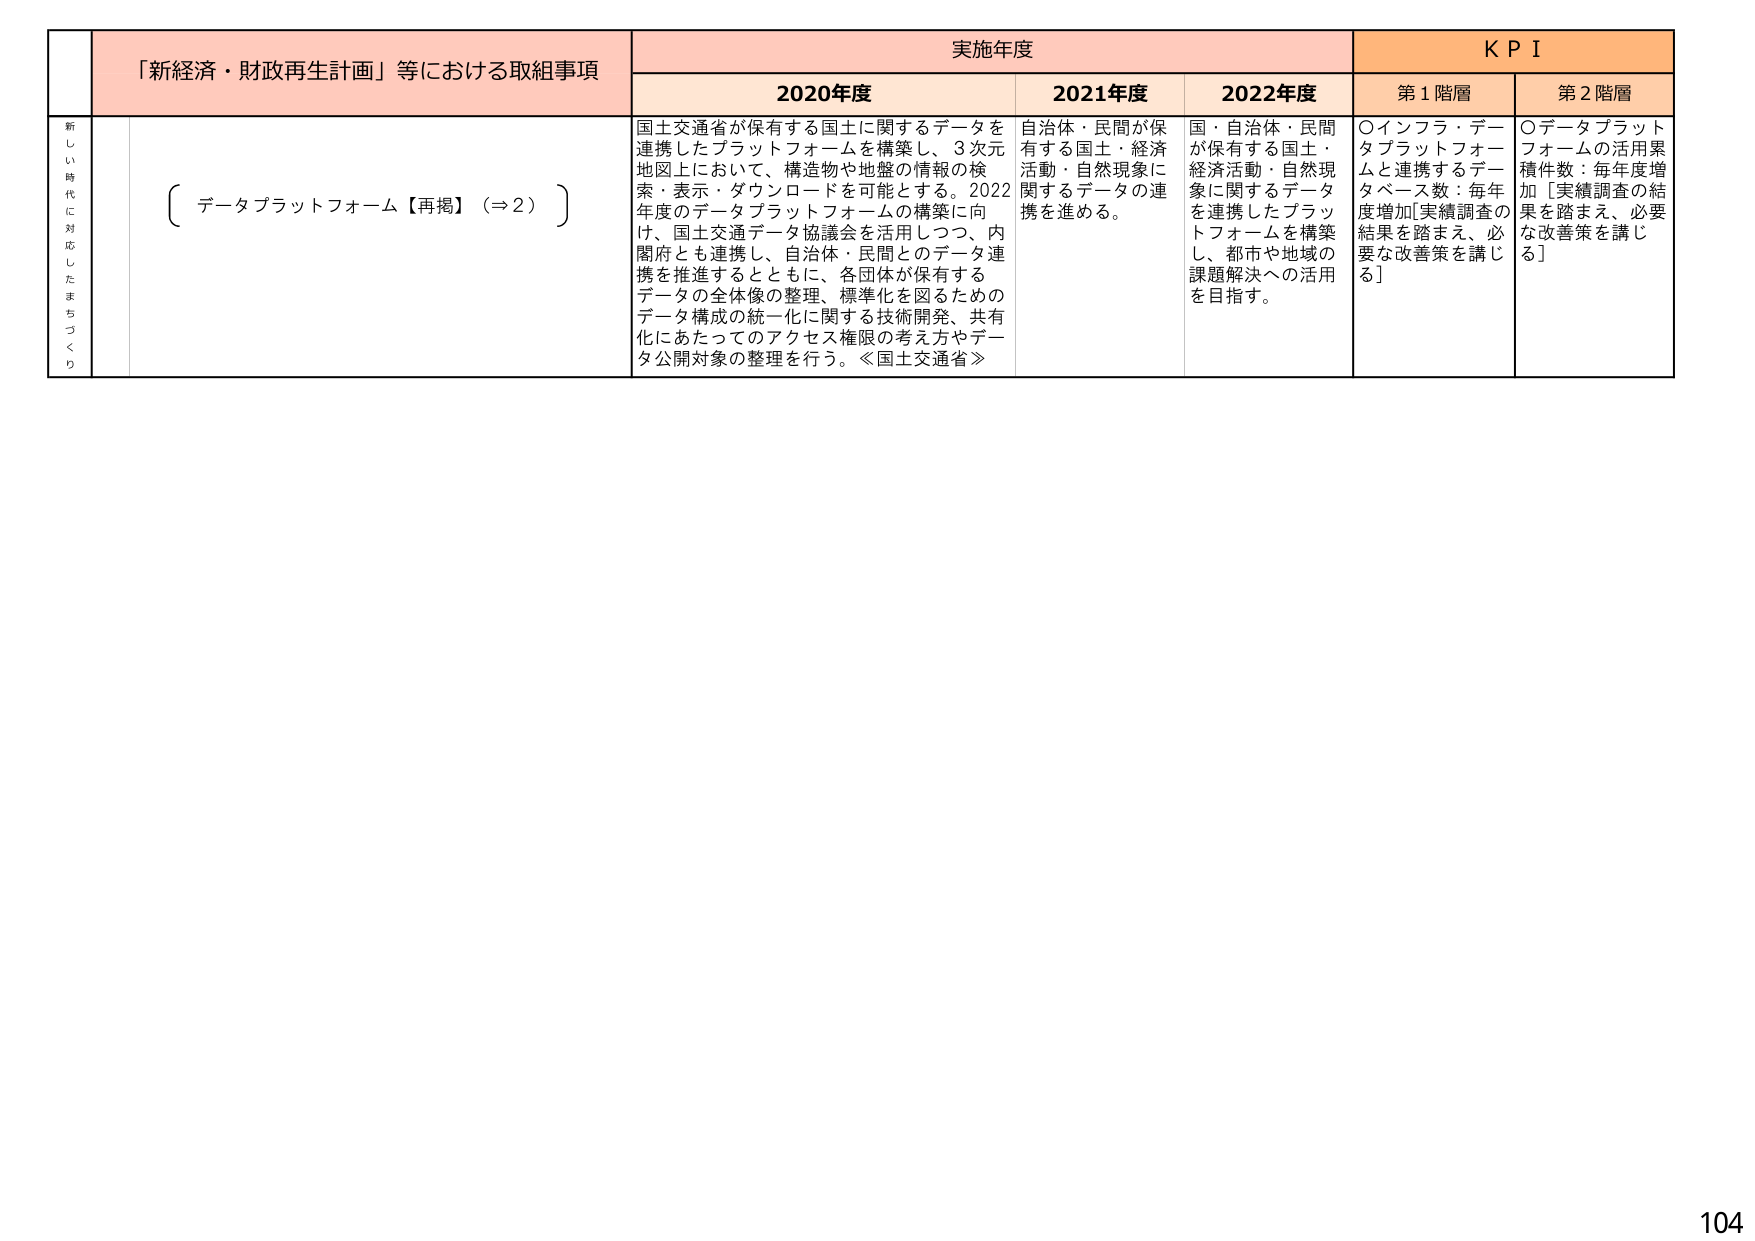
新 し い 時 代 に 対 応 し た ま ち づ く り
「新経済・財政再生計画」等における取組事項
データプラットフォーム【再掲】（⇒2）
実施年度
2020年度
2021年度
2022年度
K P I
第1階層
第2階層
国土交通省が保有する国土に関するデータを連携したプラットフォームを構築し、3次元地図上において、構造物や地盤の情報の検索・表示・ダウンロードを可能とする。2022年度のデータプラットフォームの構築に向け、国土交通データ協議会を活用しつつ、内閣府とも連携し、自治体・民間とのデータ連携を推進するとともに、各団体が保有するデータの全体像の整理、標準化を図るためのデータ構成の統一化に関する技術開発、共有化にあたってのアクセス権限の考え方やデータ公開対象の整理を行う。≪国土交通省≫
自治体・民間が保有する国土・経済活動・自然現象に関するデータの連携を進める。
国・自治体・民間が保有する国土・経済活動・自然現象に関するデータを連携したプラットフォームを構築し、都市や地域の課題解決への活用を目指す。
○インフラ・データプラットフォームと連携するデータベース数：毎年度増加[実績調査の結果を踏まえ、必要な改善策を講じる]
○データプラットフォームの活用累積件数：毎年度増加［実績調査の結果を踏まえ、必要な改善策を講じる］
104